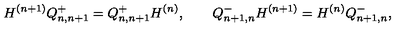
H ^ { ( n + 1 ) } Q _ { n , n + 1 } ^ { + } = Q _ { n , n + 1 } ^ { + } H ^ { ( n ) } , \qquad Q _ { n + 1 , n } ^ { - } H ^ { ( n + 1 ) } = H ^ { ( n ) } Q _ { n + 1 , n } ^ { - } ,